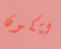
لتكون